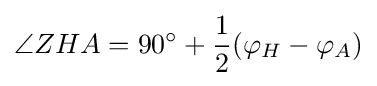
\angle ZHA=90^{\circ }+{\frac {1}{2}}(\varphi _{H}-\varphi _{A})